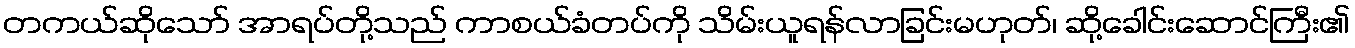
တကယ်ဆိုသော် အာရပ်တို့သည် ကာစယ်ခံတပ်ကို သိမ်းယူရန်လာခြင်းမဟုတ်၊ ဆို့ခေါင်းဆောင်ကြီး၏